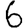
Digit: 6